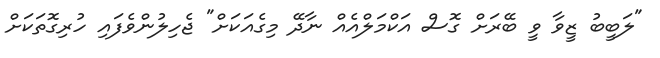
"ލަބީބު ޒީވާ ވީ ބޭރަށް ގޮސް އަކްމަލްއެއް ނާދޭ މިގެއަކަށް" ޖެހިލުންވެފައި ހުރިގޮތަކަށް